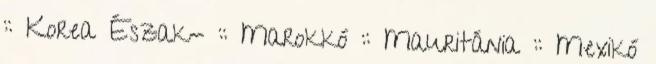
:: Korea Észak- :: Marokkó :: Mauritánia :: Mexikó